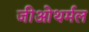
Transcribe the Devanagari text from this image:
जीओथर्मल